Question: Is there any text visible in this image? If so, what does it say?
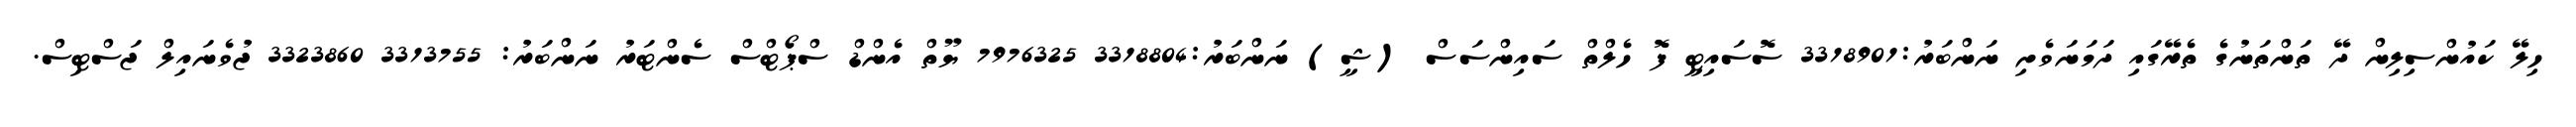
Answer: ހިލޭ ކައުންސިލިން ދޭ ތަންތަނުގެ ތެރޭގައި ދަމަނަވެށި ނަންބަރު:3318901 ސޮސައިޓީ ފޮ ހެލްތް ސައިންސަސް (ޝީ) ނަންބަރު:3318804 7976325 ޔޫތް އެންޑް ސްޕޯޓްސް ސެންޓަރު ނަންބަރު: 3313755 3323860 ޖުވެނައިލް ޖަސްޓިސް.